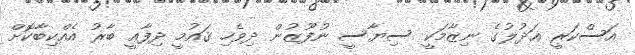
އަސްކަރީ ޢަދުލުގެ ނިޒާމަކީ ސިޔާސީ ނުފޫޒުން ދިވެހި ޤައުމީ ދިފާޢީ ބާރު އެއްކިބާކޮށް